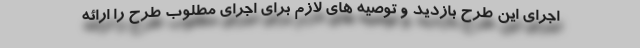
اجرای این طرح بازدید و توصیه های لازم برای اجرای مطلوب طرح را ارائه